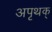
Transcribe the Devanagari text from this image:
अपृथक्